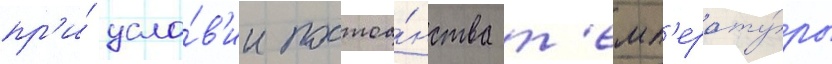
пр'и́ усло́в'ии постоа́нства т'емп'ерату́ры